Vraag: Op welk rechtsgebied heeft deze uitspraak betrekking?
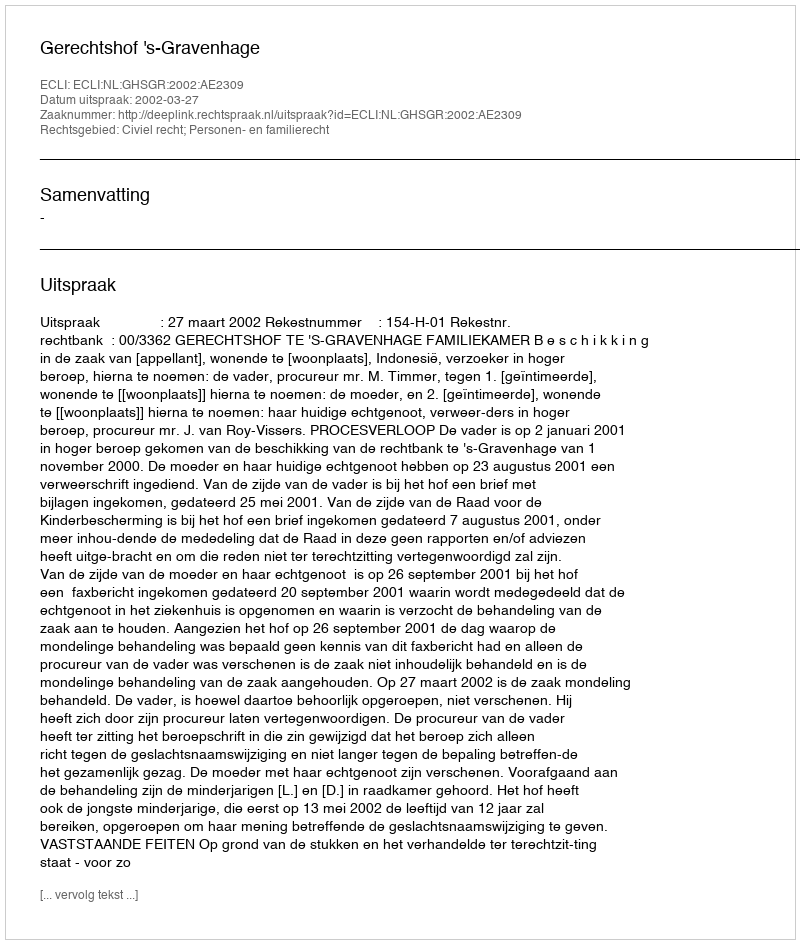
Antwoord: Civiel recht; Personen- en familierecht